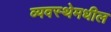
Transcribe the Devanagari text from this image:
व्यवस्थेमधील